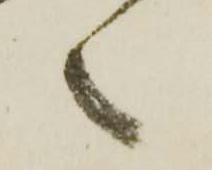
々